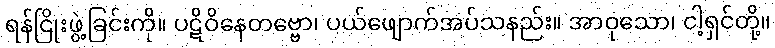
ရန်ငြိုးဖွဲ့ခြင်းကို။ ပဋိဝိနေတဗ္ဗော၊ ပယ်ဖျောက်အပ်သနည်း။ အာဝုသော၊ ငါ့ရှင်တို့။